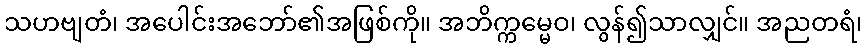
သဟဗျတံ၊ အပေါင်းအဘော်၏အဖြစ်ကို။ အဘိက္ကမ္မေဝ၊ လွန်၍သာလျှင်။ အညတရံ၊